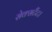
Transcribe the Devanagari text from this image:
सेक्सटैंट।